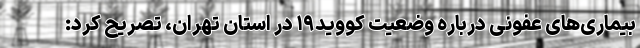
بیماری‌های عفونی درباره‌ وضعیت کووید۱۹ در استان تهران، تصریح کرد: